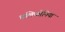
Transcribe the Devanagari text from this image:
चलिफोनिया